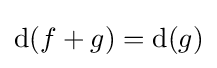
\mathrm {d} (f+g)=\mathrm {d} (g)